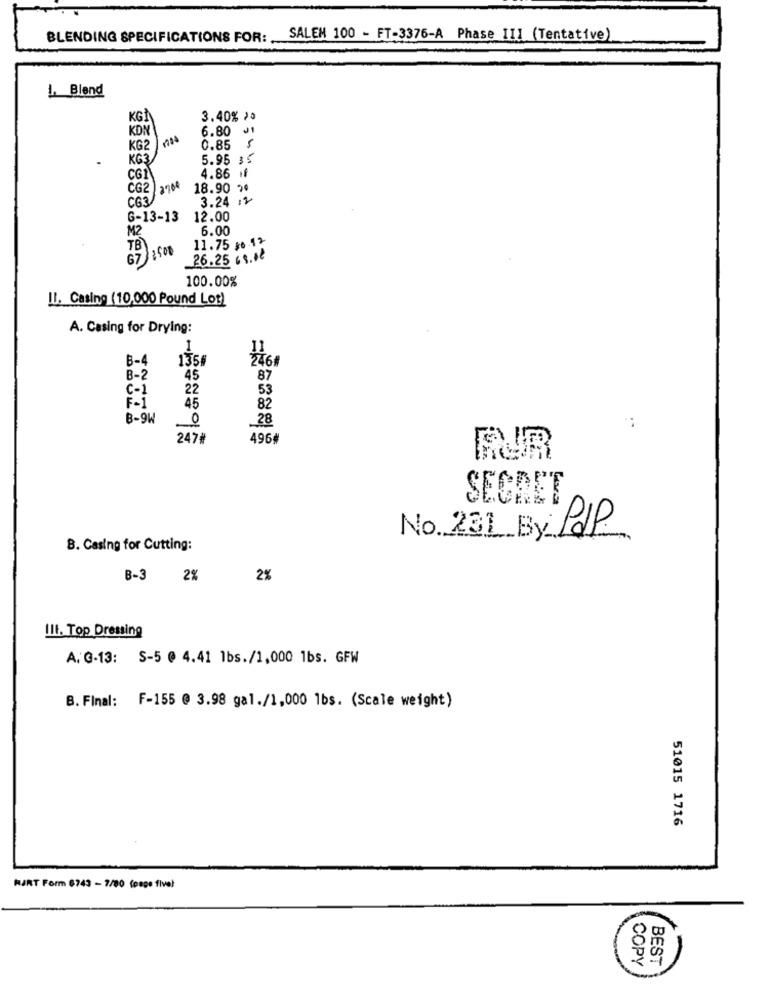
BLENDING SPECIFICATIONS FOR: SALEM 100 - FT-3376-A Phase III (Tentative)
1. Blend
KGÀ
3.40% )*
KDN
6.80 J1
KG2
0.85 5
KG3
5.95 35
CGI
4.86 if
ČG2
:3700
18.90 2*
C63
3.24 :1
G-13-13
12.00
M2
6.00
11.75 80 12
TB
67 3500
26.25 68.02
100.00%
Il. Casing (10,000 Pound Lot)
A. Casing for Drying:
I
B-4
1356
2461
B-2
45
87
C-1
22
53
F-i
45
82
B-9W
0
28
247₫
496#
SECRET
No 231 By: Pap.
B. Casing for Cutting:
B-3 2%
2%
III. Top Dressing
A. G-13: S-5 @ 4.41 1bs./1,000 1bs. GFW
B. Final: F-155 @ 3.98 gal./1,000 1bs. (Scale weight)
51015 1716
HART Form 6743 - 7/80 (page five)
COPY
BEST